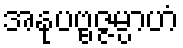
အနုပဗ္ဗဇ္ဇမ္ပာဟံ